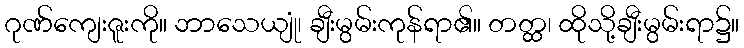
ဂုဏ်ကျေးဇူးကို။ ဘာသေယျုံ၊ ချီးမွမ်းကုန်ရာ၏။ တတ္ထ၊ ထိုသို့ချီးမွမ်းရာ၌။